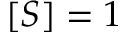
[ S ] = 1